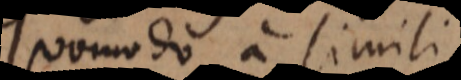
Quomodo a simili